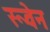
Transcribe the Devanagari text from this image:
रूवेन